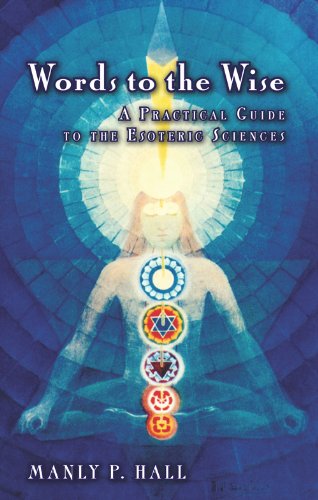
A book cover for Words to the Wise: A Practical Guide to the Esoteric Sciences; Manly P. Hall; Self-Help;